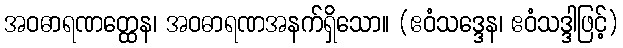
အဝဓာရဏတ္ထေန၊ အဝဓာရဏအနက်ရှိသော။ (ဧဝံသဒ္ဒေန၊ ဧဝံသဒ္ဒါဖြင့်)